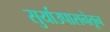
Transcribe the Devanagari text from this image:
सुर्याउपासनेतून